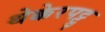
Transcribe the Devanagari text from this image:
थेक्केरपट्टु